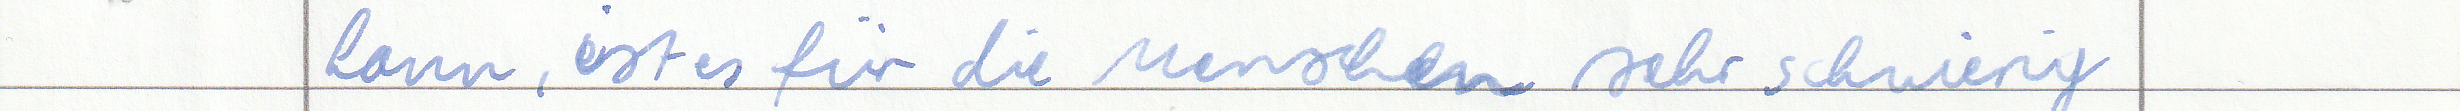
kann, ist es für die Menschen sehr schwierig